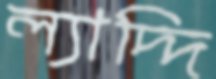
ল্যাদ্দি